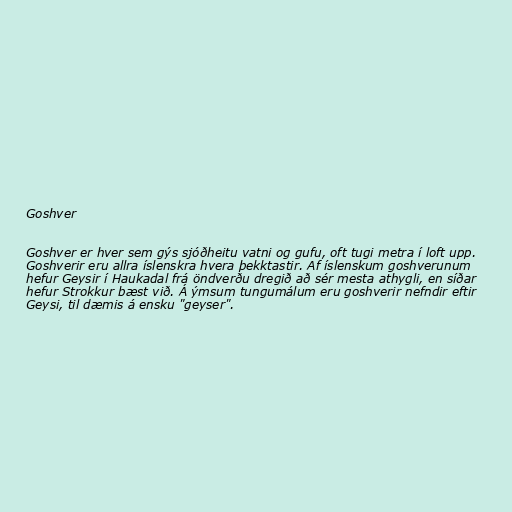
Goshver

Goshver er hver sem gýs sjóðheitu vatni og gufu, oft tugi metra í loft upp.
Goshverir eru allra íslenskra hvera þekktastir. Af íslenskum goshverunum
hefur Geysir í Haukadal frá öndverðu dregið að sér mesta athygli, en síðar
hefur Strokkur bæst við. Á ýmsum tungumálum eru goshverir nefndir eftir
Geysi, til dæmis á ensku "geyser".